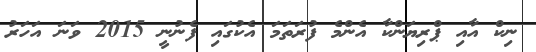
ނިކް އާއި ޕްރިޔަންކާ އެންމެ ފުރަތަމަ އެކުގައި ފެނުނީ 2015 ވަނަ އަހަރު